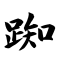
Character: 踟